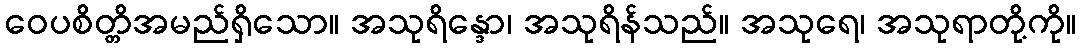
ဝေပစိတ္တိအမည်ရှိသော။ အသုရိန္ဒော၊ အသုရိန်သည်။ အသုရေ၊ အသုရာတို့ကို။